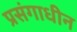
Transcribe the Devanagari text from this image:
प्रसंगाधीन